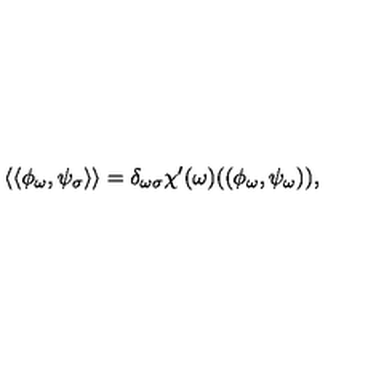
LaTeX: \langle \langle \phi _ { \omega } , \psi _ { \sigma } \rangle \rangle = \delta _ { \omega \sigma } \chi ^ { \prime } ( \omega ) ( ( \phi _ { \omega } , \psi _ { \omega } ) ) ,